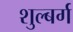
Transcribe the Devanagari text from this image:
शुल्बर्ग